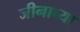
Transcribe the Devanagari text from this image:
जीनाच्या